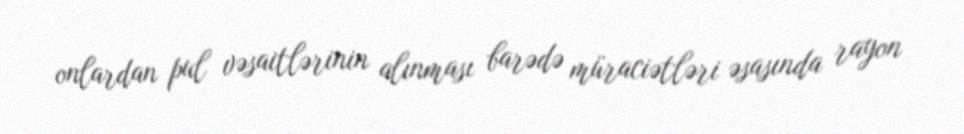
onlardan pul vəsaitlərinin alınması barədə müraciətləri əsasında rayon